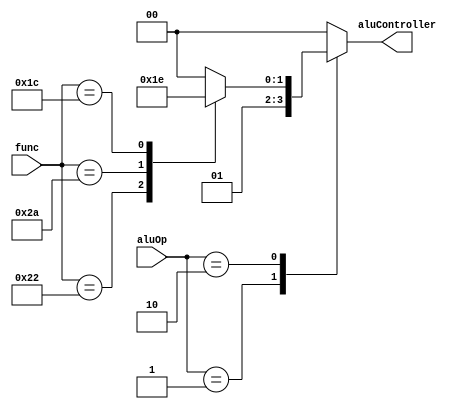
module ALU_Decoder (
    input   wire    [1:0]      aluOp,
    input   wire    [5:0]      func,
    output  reg     [1:0]      aluController
);

localparam   add = 6'b10_0000,
             sub = 6'b10_0010,
             slt = 6'b10_1010,
             mul = 6'b01_1100;

always @(*)
    begin
        case (aluOp)
            2'b00   :    aluController = 2'b00;
            2'b01   :    aluController = 2'b01;
            2'b10   :    begin
                            case (func)
                                add     :   aluController = 2'b00;
                                sub     :   aluController = 2'b01;
                                slt     :   aluController = 2'b11;
                                mul     :   aluController = 2'b10;
                                default :   aluController = 2'b00;
                            endcase
                         end 
            default :   aluController = 2'b00;
        endcase
    end
endmodule